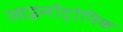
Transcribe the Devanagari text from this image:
आइनोट्रोपिक